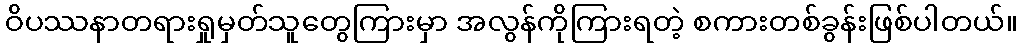
ဝိပဿနာတရားရှုမှတ်သူတွေကြားမှာ အလွန်ကိုကြားရတဲ့ စကားတစ်ခွန်းဖြစ်ပါတယ်။